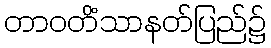
တာဝတိံသာနတ်ပြည်၌